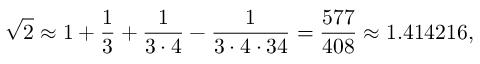
{ \sqrt { 2 } } \approx 1 + { \frac { 1 } { 3 } } + { \frac { 1 } { 3 \cdot 4 } } - { \frac { 1 } { 3 \cdot 4 \cdot 3 4 } } = { \frac { 5 7 7 } { 4 0 8 } } \approx 1 . 4 1 4 2 1 6 ,